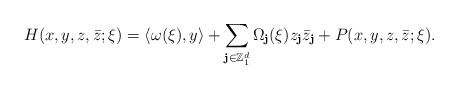
\begin{align*}H(x,y,z,\bar z;\xi)=\langle \omega(\xi),y\rangle+\sum_{\textbf{j}\in\mathbb{Z}^d_1}\Omega_{\textbf{j}}(\xi)z_\textbf{j}\bar z_\textbf{j}+P(x,y,z,\bar z;\xi).\end{align*}